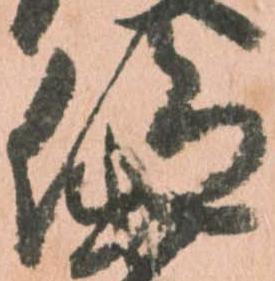
仰